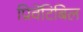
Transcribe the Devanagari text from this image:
प्रिवेंटिबिल